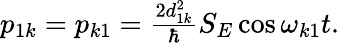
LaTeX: \begin{array}{r}{p_{1k}=p_{k1}=\frac{2d_{1k}^{2}}{\hbar}S_{E}\cos\omega_{k1}t.}\end{array}